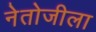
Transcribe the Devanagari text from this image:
नेतोजीला